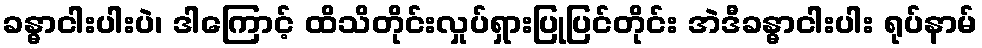
ခန္ဓာငါးပါးပဲ၊ ဒါကြောင့် ထိသိတိုင်းလှုပ်ရှားပြုပြင်တိုင်း အဲဒီခန္ဓာငါးပါး ရုပ်နာမ်